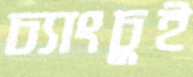
চ্যাংচুই